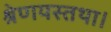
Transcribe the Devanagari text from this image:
श्रेणयस्तथा।